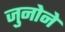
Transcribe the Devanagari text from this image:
जुनोने